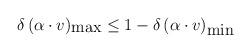
LaTeX: \begin{align*}\delta\,(\alpha\cdot v)_{\mbox{max}}\leq 1-\delta\,(\alpha\cdot v)_{\mbox{min}}\end{align*}